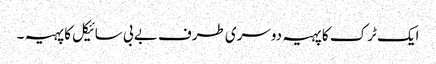
ایک ٹرک کا پہیہ دوسری طرف بے بی سائیکل کا پہیہ ۔